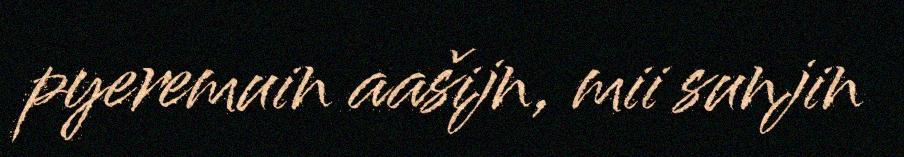
pyeremuin aašijn, mii sunjin